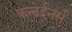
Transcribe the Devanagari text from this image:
कन्टेईनर्स